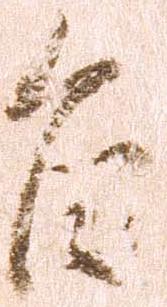
旨